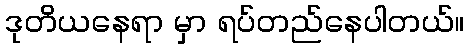
ဒုတိယနေရာ မှာ ရပ်တည်နေပါတယ်။